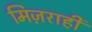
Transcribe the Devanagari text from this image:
मिज़राही